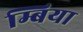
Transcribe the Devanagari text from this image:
म्बिया